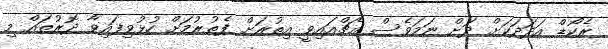
ރެކޯޑް އަދަދަކަށް ދަށް ނަމަވެސް އެޗްއައިވީ އިތުރަށް ފެތުރުމަށް ހުޅުވިފައިވާ ދޮރުތައް މި